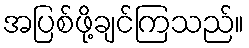
အပြစ်ဖို့ချင်ကြသည်။